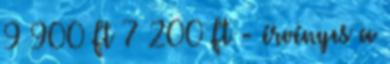
9 900 Ft 7 200 Ft - érvényes a